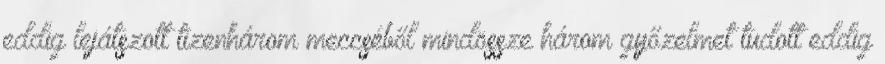
eddig lejátszott tizenhárom meccséből mindössze három győzelmet tudott eddig